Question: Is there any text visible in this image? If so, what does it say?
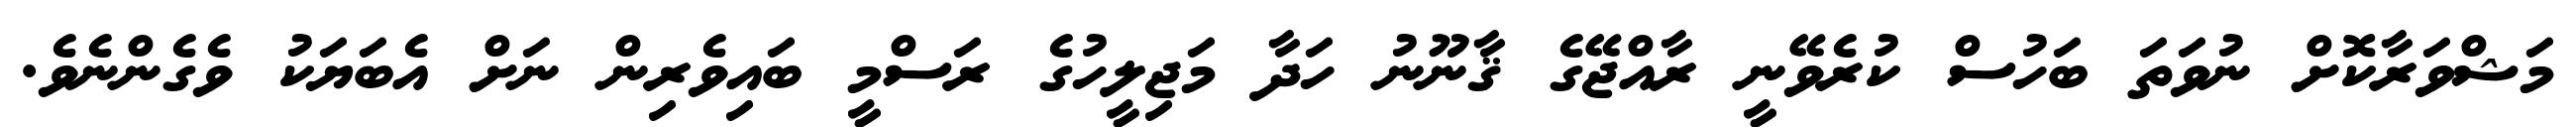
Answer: މަޝްވަރާކޮށް ނުވަތަ ބަހުސް ކުރެވޭނީ ރާއްޖޭގެ ޤާނޫނު ހަދާ މަޖިލީހުގެ ރަސްމީ ބައިވެރިން ނަށް އެބަޔަކު ވެގެންނެވެ.